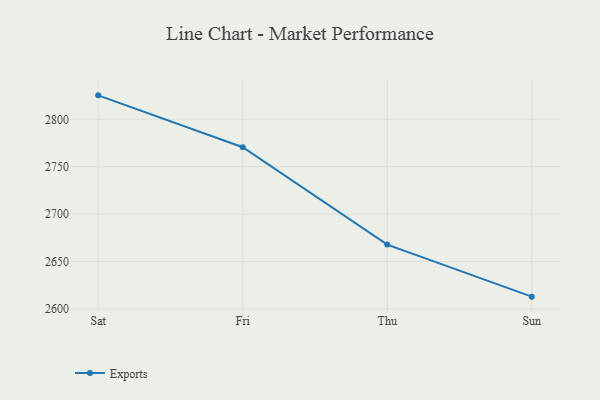
{"axis": {"x": "Day", "y": "Revenue (USD Million)"}, "legend": ["Exports"], "data": [{"x": "Sat", "y": 2825.3, "type": "Exports"}, {"x": "Fri", "y": 2770.6, "type": "Exports"}, {"x": "Thu", "y": 2667.8, "type": "Exports"}, {"x": "Sun", "y": 2612.9, "type": "Exports"}]}